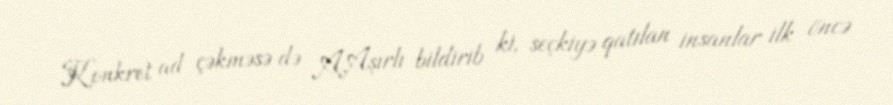
Konkret ad çəkməsə də A.Aşırlı bildirib ki, seçkiyə qatılan insanlar ilk öncə